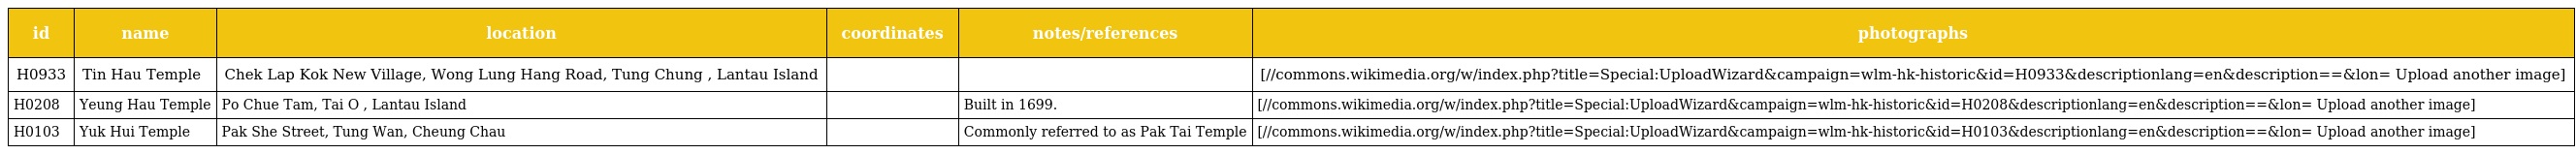
| id | name | location | coordinates | notes/references | photographs |
 | --- | --- | --- | --- | --- | --- |
 | H0933 | Tin Hau Temple | Chek Lap Kok New Village, Wong Lung Hang Road, Tung Chung , Lantau Island |  |  | [//commons.wikimedia.org/w/index.php?title=Special:UploadWizard&campaign=wlm-hk-historic&id=H0933&descriptionlang=en&description=⪫=&lon= Upload another image] |
 | H0208 | Yeung Hau Temple | Po Chue Tam, Tai O , Lantau Island |  | Built in 1699. | [//commons.wikimedia.org/w/index.php?title=Special:UploadWizard&campaign=wlm-hk-historic&id=H0208&descriptionlang=en&description=⪫=&lon= Upload another image] |
 | H0103 | Yuk Hui Temple | Pak She Street, Tung Wan, Cheung Chau |  | Commonly referred to as Pak Tai Temple | [//commons.wikimedia.org/w/index.php?title=Special:UploadWizard&campaign=wlm-hk-historic&id=H0103&descriptionlang=en&description=⪫=&lon= Upload another image] |